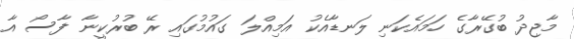
މާޖިދު ބުގޭރާގެ ހަމައެކަނި ލަނޑާއެކު އަމިއްލަ ގައުމުގައި ރޭ ބުރުކީނާ ފާސޯ އާ